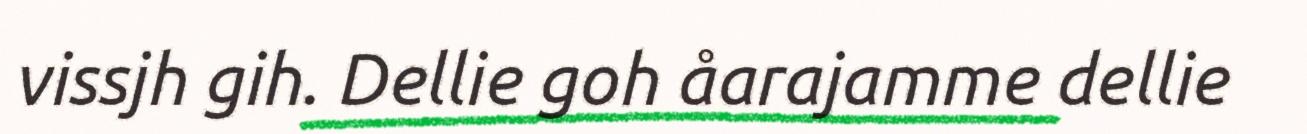
vissjh gih. Dellie goh åarajamme dellie